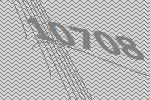
10708